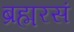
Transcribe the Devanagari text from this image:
ब्रह्मरसं